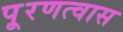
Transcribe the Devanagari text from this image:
पू्रणत्वास